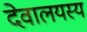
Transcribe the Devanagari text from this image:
देवालयस्य